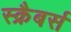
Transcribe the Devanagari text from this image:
स्क्रैबर्स